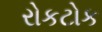
રોકટોક